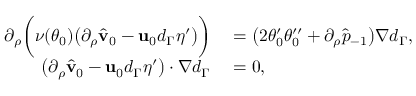
\begin{array} { r l } { \partial _ { \rho } \bigg ( \nu ( \theta _ { 0 } ) \big ( \partial _ { \rho } \hat { \mathbf { v } } _ { 0 } - \mathbf { u } _ { 0 } d _ { \Gamma } \eta ^ { \prime } \big ) \bigg ) } & { { } = \big ( 2 \theta _ { 0 } ^ { \prime } \theta _ { 0 } ^ { \prime \prime } + \partial _ { \rho } \hat { p } _ { - 1 } \big ) \nabla d _ { \Gamma } , } \\ { \big ( \partial _ { \rho } \hat { \mathbf { v } } _ { 0 } - \mathbf { u } _ { 0 } d _ { \Gamma } \eta ^ { \prime } \big ) \cdot \nabla d _ { \Gamma } } & { { } = 0 , } \end{array}